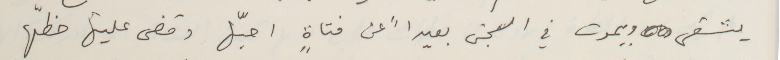
يشقى ويموت في السجن بعيداً عن فتاةٍ احبّها وقضى عليها حظّها